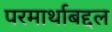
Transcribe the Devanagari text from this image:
परमार्थाबद्दल